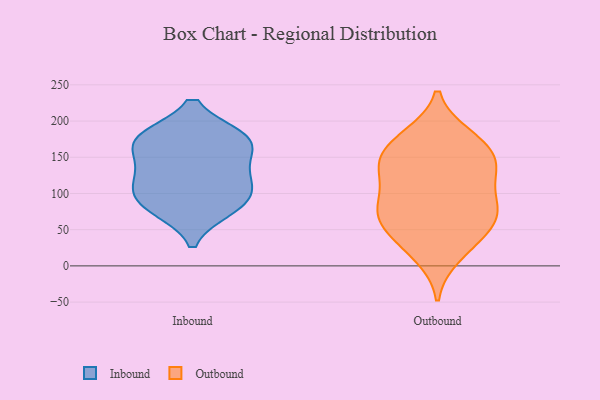
{"axis": {"x": "Satisfaction Score", "y": "Value"}, "legend": ["Inbound", "Outbound"], "data": [{"x": "", "y": 124, "type": "Inbound"}, {"x": "", "y": 78, "type": "Inbound"}, {"x": "", "y": 124, "type": "Inbound"}, {"x": "", "y": 177, "type": "Inbound"}, {"x": "", "y": 80, "type": "Inbound"}, {"x": "", "y": 172, "type": "Inbound"}, {"x": "", "y": 99, "type": "Inbound"}, {"x": "", "y": 146, "type": "Inbound"}, {"x": "", "y": 177, "type": "Inbound"}, {"x": "", "y": 98, "type": "Inbound"}, {"x": "", "y": 176, "type": "Inbound"}, {"x": "", "y": 179, "type": "Outbound"}, {"x": "", "y": 170, "type": "Outbound"}, {"x": "", "y": 113, "type": "Outbound"}, {"x": "", "y": 46, "type": "Outbound"}, {"x": "", "y": 78, "type": "Outbound"}, {"x": "", "y": 148, "type": "Outbound"}, {"x": "", "y": 27, "type": "Outbound"}, {"x": "", "y": 81, "type": "Outbound"}, {"x": "", "y": 81, "type": "Outbound"}, {"x": "", "y": 150, "type": "Outbound"}, {"x": "", "y": 134, "type": "Outbound"}, {"x": "", "y": 136, "type": "Outbound"}, {"x": "", "y": 69, "type": "Outbound"}, {"x": "", "y": 176, "type": "Outbound"}, {"x": "", "y": 14, "type": "Outbound"}, {"x": "", "y": 52, "type": "Outbound"}, {"x": "", "y": 128, "type": "Outbound"}, {"x": "", "y": 73, "type": "Outbound"}]}